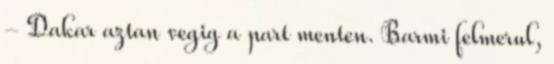
- Dakar aztan vegig a part menten. Barmi felmerul,